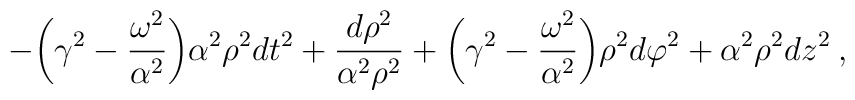
-{\biggl (}\gamma^2-\frac{\omega^2}{\alpha^2} {\biggr )}     \alpha^2 \rho^2 dt^2+ \frac{d \rho^2}{ \alpha^2 \rho^2}+ {\biggl (}\gamma^2-\frac{\omega^2}{\alpha^2} {\biggr )} \rho^2 d \varphi^2 +\alpha^2 \rho^2 dz^2\:,